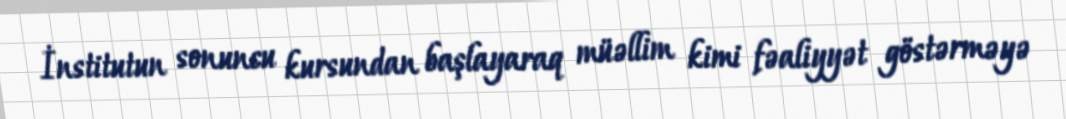
İnstitutun sonuncu kursundan başlayaraq müəllim kimi fəaliyyət göstərməyə